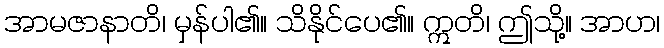
အာမဇာနာတိ၊ မှန်ပါ၏။ သိနိုင်ပေ၏။ ဣတိ၊ ဤသို့။ အာဟ၊